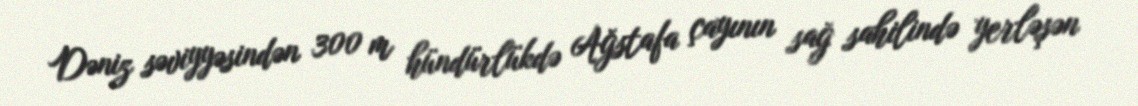
Dəniz səviyyəsindən 300 m hündürlükdə Ağstafa çayının sağ sahilində yerləşən